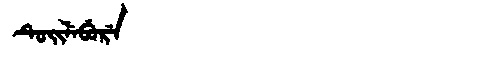
Manchu: ᡨᡠᡳᠯᡝᠪᡠᡵᡝ
Romanization: TUILEBURE